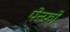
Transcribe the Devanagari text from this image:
पेन्फ्रो